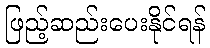
ဖြည့်ဆည်းပေးနိုင်ရန်